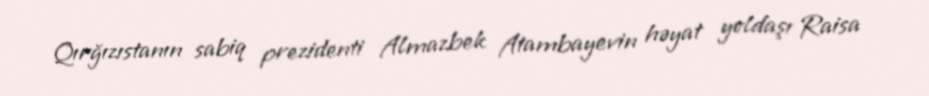
Qırğızıstanın sabiq prezidenti Almazbek Atambayevin həyat yoldaşı Raisa